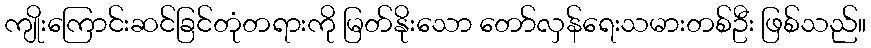
ကျိုးကြောင်းဆင်ခြင်တုံတရားကို မြတ်နိုးသော တော်လှန်ရေးသမားတစ်ဦး ဖြစ်သည်။